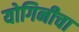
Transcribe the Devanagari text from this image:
योगिनीचा